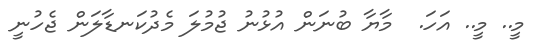
މީ.. މީ.. އަހަ.  މާޔާ ބުނަން އުޅުނު ޖުމުލަ މެދުކަނޑާލަން ޖެހުނީ